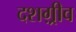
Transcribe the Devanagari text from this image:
दशग़्रीव